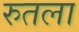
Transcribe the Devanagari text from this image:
रुतला